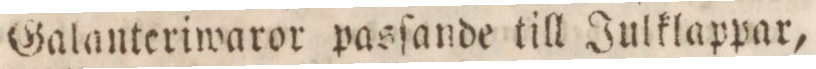
Galanteriwaror pasſande till Julklappar,